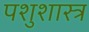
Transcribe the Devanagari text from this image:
पशुशास्त्र